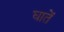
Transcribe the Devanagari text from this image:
घातें